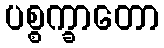
ပစ္စက္ခာတော